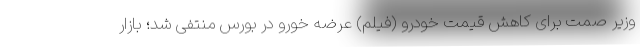
وزیر صمت برای کاهش قیمت خودرو (فیلم) عرضه خورو در بورس منتفی شد؛ بازار